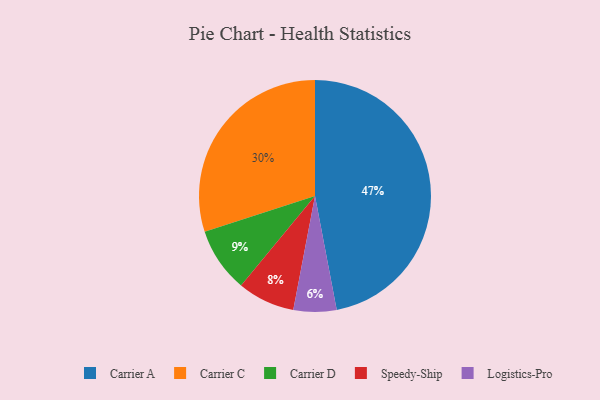
{"axis": {"x": "Category", "y": "Percentage"}, "legend": ["Carrier A", "Carrier C", "Carrier D", "Logistics-Pro", "Speedy-Ship"], "data": [{"x": "Carrier C", "y": 30, "type": "Carrier C"}, {"x": "Carrier D", "y": 9, "type": "Carrier D"}, {"x": "Carrier A", "y": 47, "type": "Carrier A"}, {"x": "Speedy-Ship", "y": 8, "type": "Speedy-Ship"}, {"x": "Logistics-Pro", "y": 6, "type": "Logistics-Pro"}]}